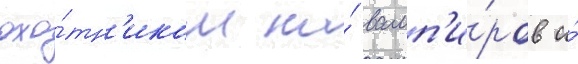
охо́тн'иком на́ вамп'и́ров и́